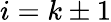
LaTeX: i=k\pm 1